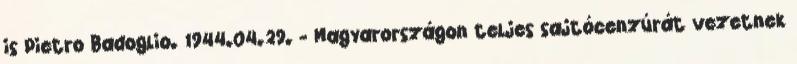
is Pietro Badoglio. 1944.04.29. - Magyarországon teljes sajtócenzúrát vezetnek